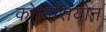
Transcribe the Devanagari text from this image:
कोमिसियोन